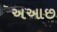
અઆછ